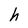
Character: h